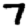
Digit: 7